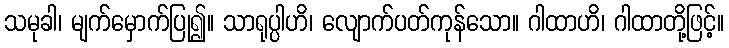
သမုခါ၊ မျက်မှောက်ပြု၍။ သာရုပ္ပါဟိ၊ လျောက်ပတ်ကုန်သော။ ဂါထာဟိ၊ ဂါထာတို့ဖြင့်။